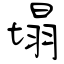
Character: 塌